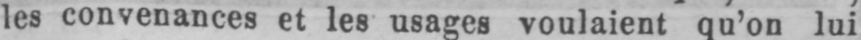
les convenances et les usages voulaient qu’on lui